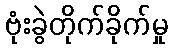
ဗုံးခွဲတိုက်ခိုက်မှု